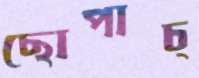
ছোপাচ্